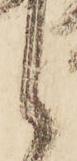
候